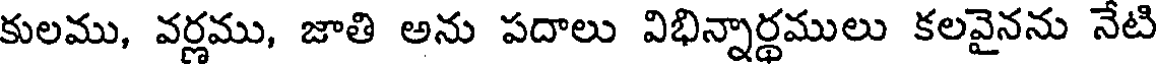
కులము, వర్ణము, జాతి అను పదాలు విభిన్నార్థములు కలవైనను నేటి